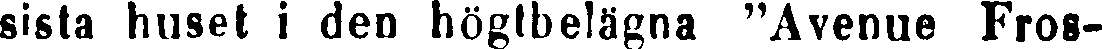
sista huset i den höglbelägna "Avenue Fros-